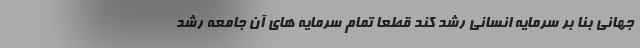
جهانی بنا بر سرمایه انسانی رشد کند قطعا تمام سرمایه های آن جامعه رشد